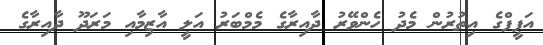
އަފީފްގެ އިތުރުން މެދު ހެންވޭރު ދާއިރާގެ މެމްބަރު އަލީ އާޒިމާއި މަރަދޫ ދާއިރާގެ